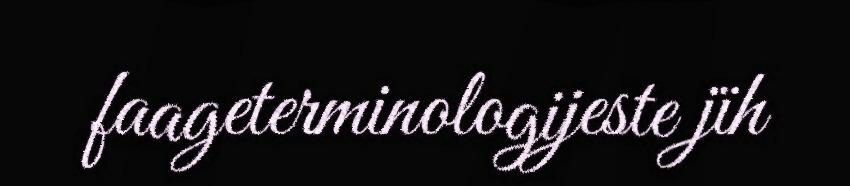
faageterminologijeste jïh